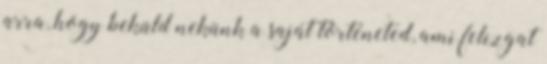
arra, hogy beküld nekünk a saját történeted, ami felizgat